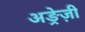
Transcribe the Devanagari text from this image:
अङ्रेज़ी